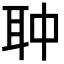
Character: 𦕏